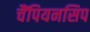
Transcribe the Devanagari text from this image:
चैंपियनसिप